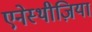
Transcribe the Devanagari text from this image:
एनेस्थीज़िया